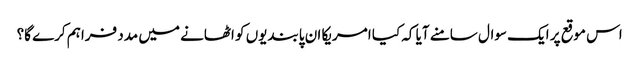
اس موقع پر ایک سوال سامنے آیا کہ کیا امریکا ان پابندیوں کو اٹھانے میں مدد فراہم کرے گا؟